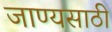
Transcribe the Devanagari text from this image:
जाण्यसाठी